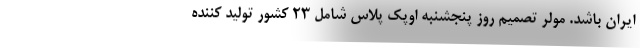
ایران باشد. مولر تصمیم روز پنجشنبه اوپک پلاس شامل ۲۳ کشور تولید کننده